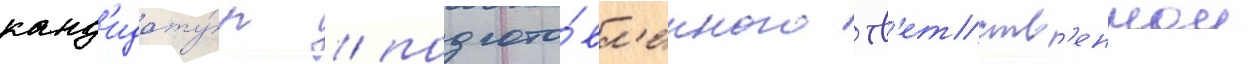
канд'идату́р / подгото́вл'енного отв'етств'еннои